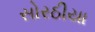
સોરઠીયા